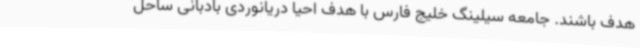
هدف باشند. جامعه سیلینگ خلیج فارس با هدف احیا دریانوردی بادبانی ساحل